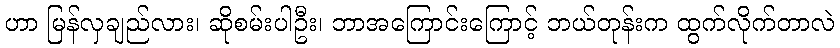
ဟာ မြန်လှချည်လား၊ ဆိုစမ်းပါဦး၊ ဘာအကြောင်းကြောင့် ဘယ်တုန်းက ထွက်လိုက်တာလဲ